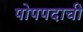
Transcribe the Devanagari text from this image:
पोपपदाची